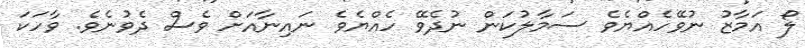
ލޯ އަމާޒު ނުވޭހެއްޔެވެ ސަމާލުކަން ނުދެވޭ ހެއްޔެވެ ނައިނާއަށް ވެސް ދެވުނެވެ. ވާހަކަ